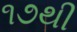
૧૭થી